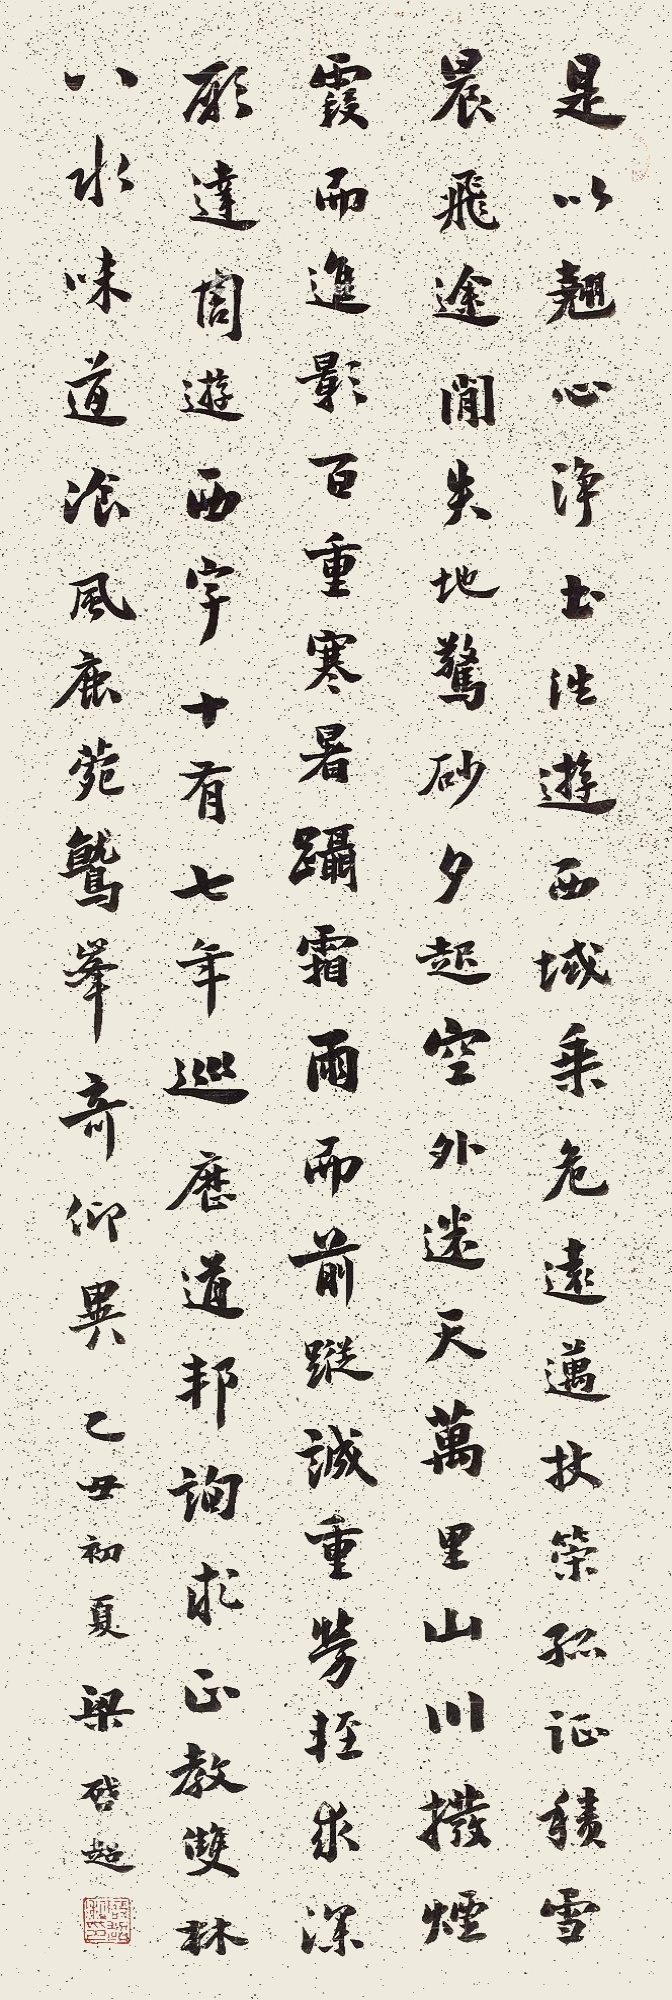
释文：是以翘心净土，往游西域。乘危远迈，杖策孤征。积雪晨飞，途闲失地；惊砂夕起，空外迷天。万里山川，拨烟霞而进影；百重寒暑，蹑霜雨而前踪。诚重劳轻，求深愿达，周游西宇，十有七年。穷历道邦，询求正教，双林八水，味道餐风，鹿苑鹫峰，瞻奇仰异。乙丑初夏梁启超。